Civil Veterinary Department. United Provinces 1923-31 - 1923-1931
Year: 1923
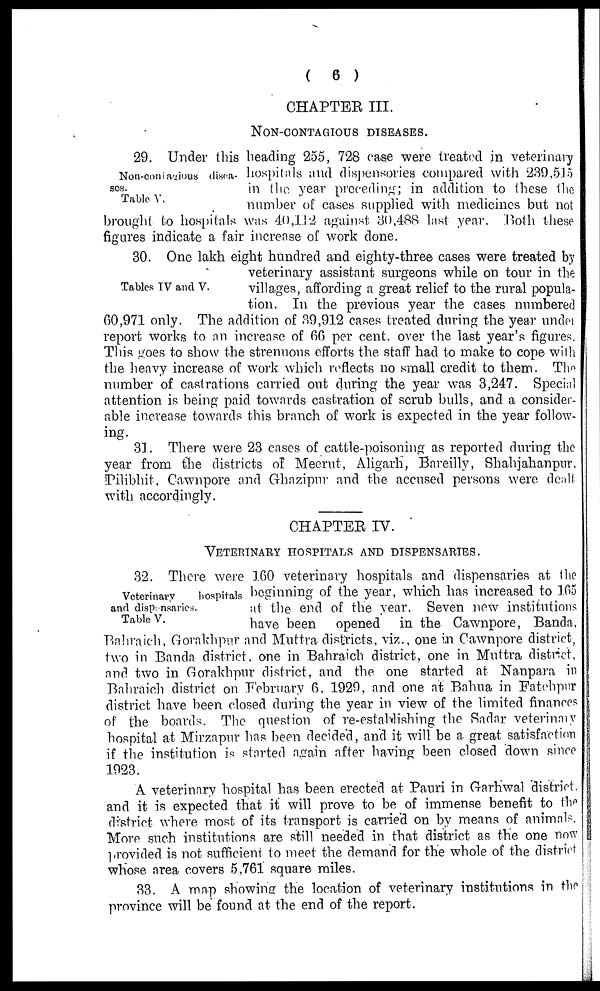
(6)
CHAPTER III.
NON-CONTAGIOUS DISEASES.
Non-contagious disea-
ses.
Table V.
29. Under this beading 255, 728 case were treated in veterinary
hospitals and dispensories compared with 239,515
in the year preceding; in addition to these the
number of cases supplied with medicines but not
brought to hospitals was 40,112 against 30,488 last year. Both these
figures indicate a fair increase of work done.
Tables TV and V.
30. One lakh eight hundred and eighty-three cases were treated by
veterinary assistant surgeons while on tour in the
villages, affording a great relief to the rural popula-
tion. In the previous year the cases numbered
60,971 only. The addition of 39,912 cases treated during the year under
report works to an increase of 66 per cent. over the last year's figures.
This goes to show the strenuous efforts the staff had to make to cope with
the heavy increase of work which reflects no small credit to them. The
number of castrations carried out during the year was 3,247. Special
attention is being paid towards castration of scrub bulls, and a consider-
able increase towards this branch of work is expected in the year follow-
ing.
31. There were 23 cases of cattle-poisoning as reported during the
year from the districts of Meerut, Aligarh, Bareilly, Shahjahanpur,
Pilibhit, Cawnpore and Ghazipur and the accused persons were dealt
with accordingly.
CHAPTER IV.
VETERINARY HOSPITALS AND DISPENSARIES.
Veterinary
hospitals
and dispensaries.
Table V.
32. There were 160 veterinary hospitals and dispensaries at the
beginning of the year, which has increased to 165
at the end of the year. Seven new institutions
have been
opened
in the Cawnpore, Banda,
Bahraich, Gorakhpur and Muttra districts, viz., one in Cawnpore district,
two in Banda district, one in Bahraich district, one in Muttra district,
and two in Gorakhpur district, and the one started at Nanpara in
Bahraich district on February 6, 1929, and one at Bahua in Fatehpur
district have been closed during the year in view of the limited finances
of the boards. The question of re-establishing the Radar veterinary
hospital at Mirzapur has been decided, and it will be a great satisfaction
if the institution is started again after having been closed down since
1923.
A veterinary hospital has been erected at Pauri in Garhwal district.
and it is expected that it will prove to be of immense benefit to the
district where most of its transport is carried on by means of animals.
More such institutions are still needed in that district as the one now
provided is not sufficient to meet the demand for the whole of the district
whose area covers 5,761 square miles.
33. A map showing the location of veterinary institutions in the
province will be found at the end of the report.